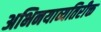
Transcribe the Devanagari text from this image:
अभिनयाव्यतिरीक्त